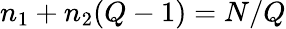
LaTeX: n_{1}+n_{2}(Q-1)=N/Q